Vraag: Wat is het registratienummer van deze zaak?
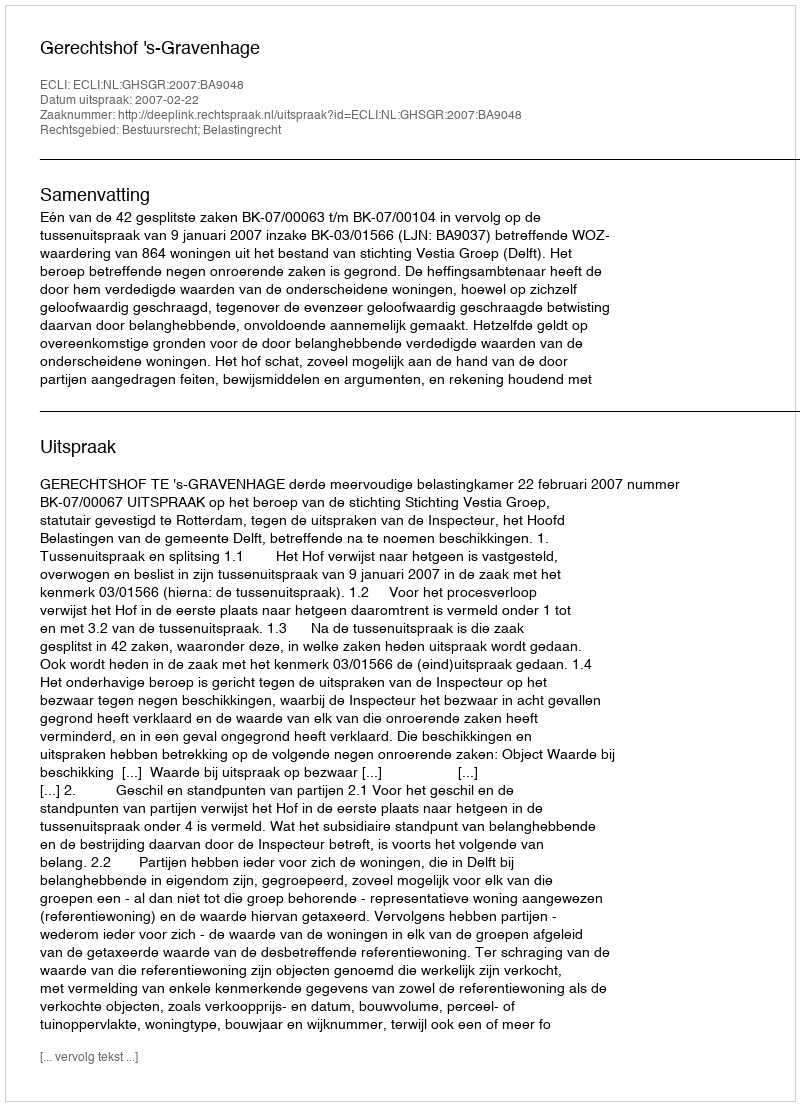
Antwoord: http://deeplink.rechtspraak.nl/uitspraak?id=ECLI:NL:GHSGR:2007:BA9048